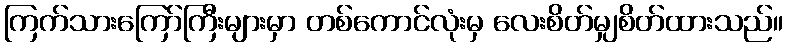
ကြက်သားကြော်ကြီးများမှာ တစ်ကောင်လုံးမှ လေးစိတ်မျှစိတ်ထားသည်။